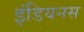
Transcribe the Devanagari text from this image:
इंडियनस